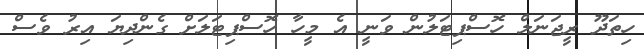
ހިތަދޫ ރީޖަނަލް ހޮސްޕިޓަލުން ވަނީ އެ މީހާ ހޮސްޕިޓަލަށް ގެންދިޔަ އިރު ވެސް